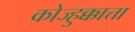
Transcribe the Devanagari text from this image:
कोज्हुक्कात्ता